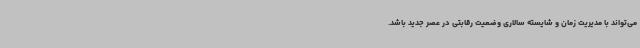
می‌تواند با مدیریت زمان و شایسته سالاری وضعیت رقابتی در عصر جدید باشد.